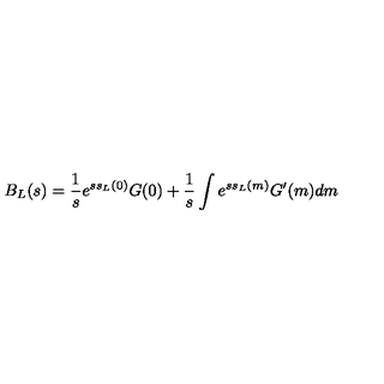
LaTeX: B _ { L } ( s ) = \frac { 1 } { s } e ^ { s s _ { L } ( 0 ) } G ( 0 ) + \frac { 1 } { s } \int e ^ { s s _ { L } ( m ) } G ^ { \prime } ( m ) d m